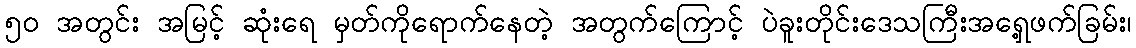
၅၀ အတွင်း အမြင့် ဆုံးရေ မှတ်ကိုရောက်နေတဲ့ အတွက်ကြောင့် ပဲခူးတိုင်းဒေသကြီးအရှေ့ဖက်ခြမ်း၊